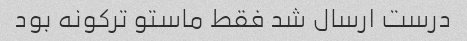
درست ارسال شد فقط ماستو ترکونه بود